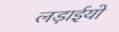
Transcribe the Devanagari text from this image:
लड़ाईयो